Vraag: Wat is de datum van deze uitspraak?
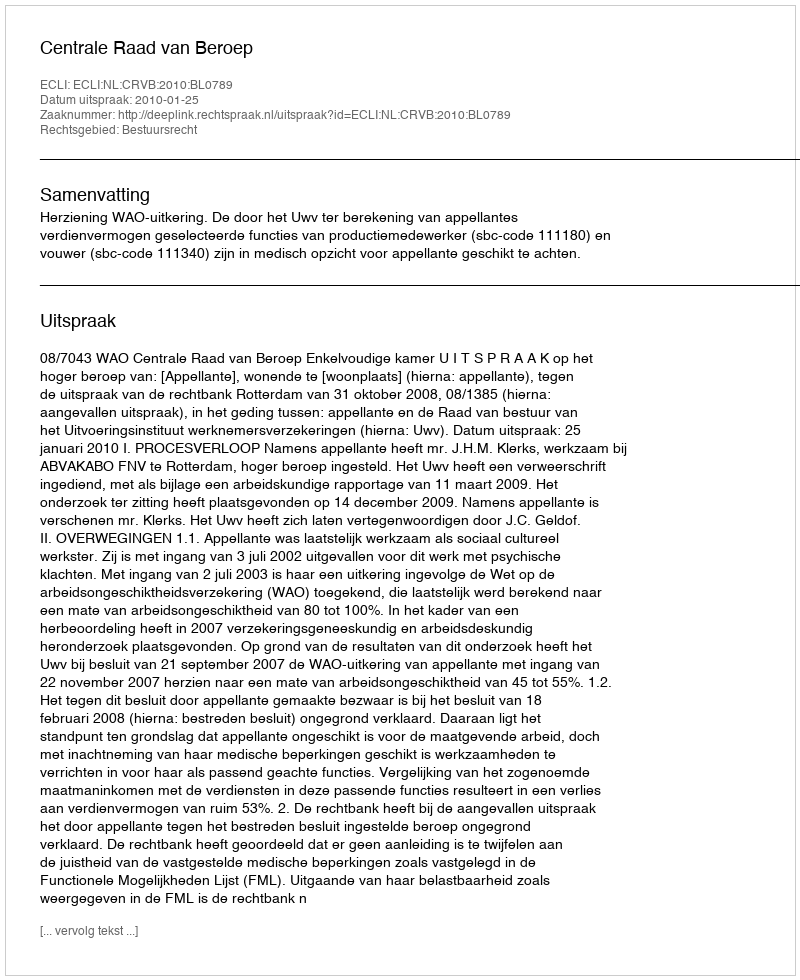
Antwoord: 2010-01-25